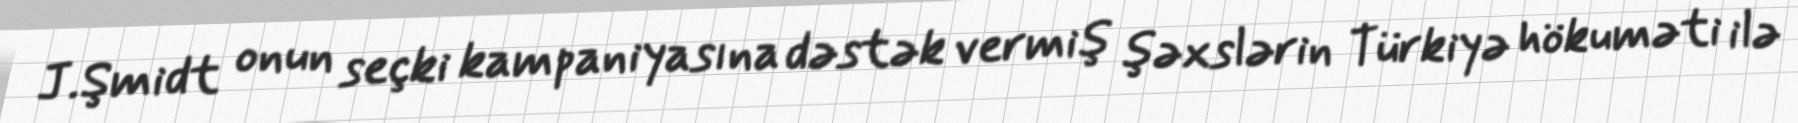
J.Şmidt onun seçki kampaniyasına dəstək vermiş şəxslərin Türkiyə hökuməti ilə